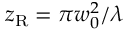
z _ { \mathrm { R } } = \pi w _ { 0 } ^ { 2 } / \lambda